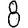
Digit: 8